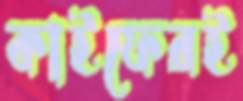
কাইফেরই